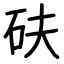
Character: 砆